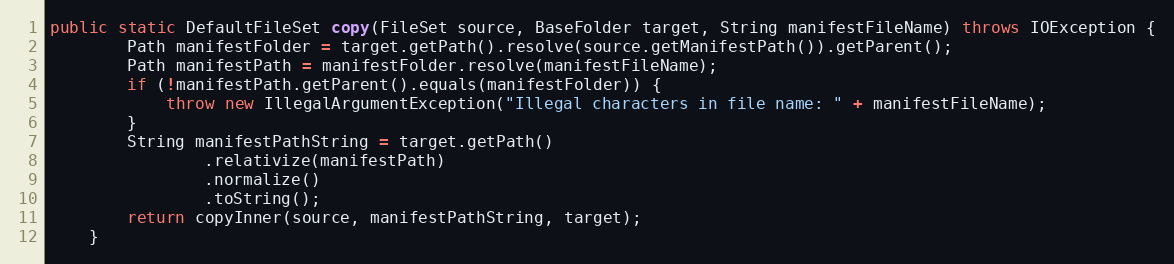
Language: Java
public static DefaultFileSet copy(FileSet source, BaseFolder target, String manifestFileName) throws IOException {
		Path manifestFolder = target.getPath().resolve(source.getManifestPath()).getParent();
		Path manifestPath = manifestFolder.resolve(manifestFileName);
		if (!manifestPath.getParent().equals(manifestFolder)) {
			throw new IllegalArgumentException("Illegal characters in file name: " + manifestFileName);
		}
		String manifestPathString = target.getPath()
				.relativize(manifestPath)
				.normalize()
				.toString();
		return copyInner(source, manifestPathString, target);
	}